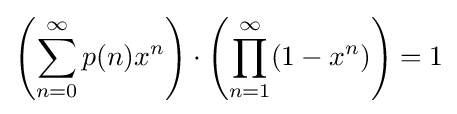
\left(\sum _{n=0}^{\infty }p(n)x^{n}\right)\cdot \left(\prod _{n=1}^{\infty }(1-x^{n})\right)=1